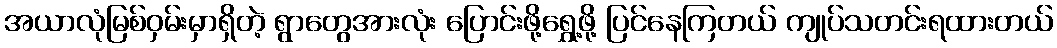
အယာလုံမြစ်ဝှမ်းမှာရှိတဲ့ ရွာတွေအားလုံး ပြောင်းဖို့ရွှေ့ဖို့ ပြင်နေကြတယ် ကျုပ်သတင်းရထားတယ်